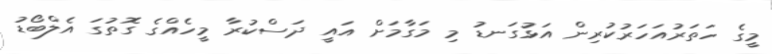
މީގެ ހަތަރުއަހަރުކުރިން އަޅުގަނޑު މި މަގާމަށް އައީ ދަސްކުރާ މީހެއްގެ ގޮތުގަ އެލްބޯޑު